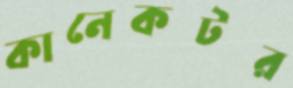
কানেকটর